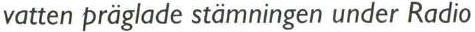
vatten präglade stämningen under Radio